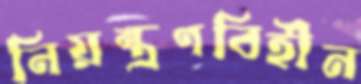
নিয়ন্ত্রণবিহীন